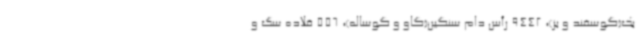
بک(گوسفند و بز)، 9442 رأس دام سنگین(گاو و گوساله)، 556 قلاده سگ و